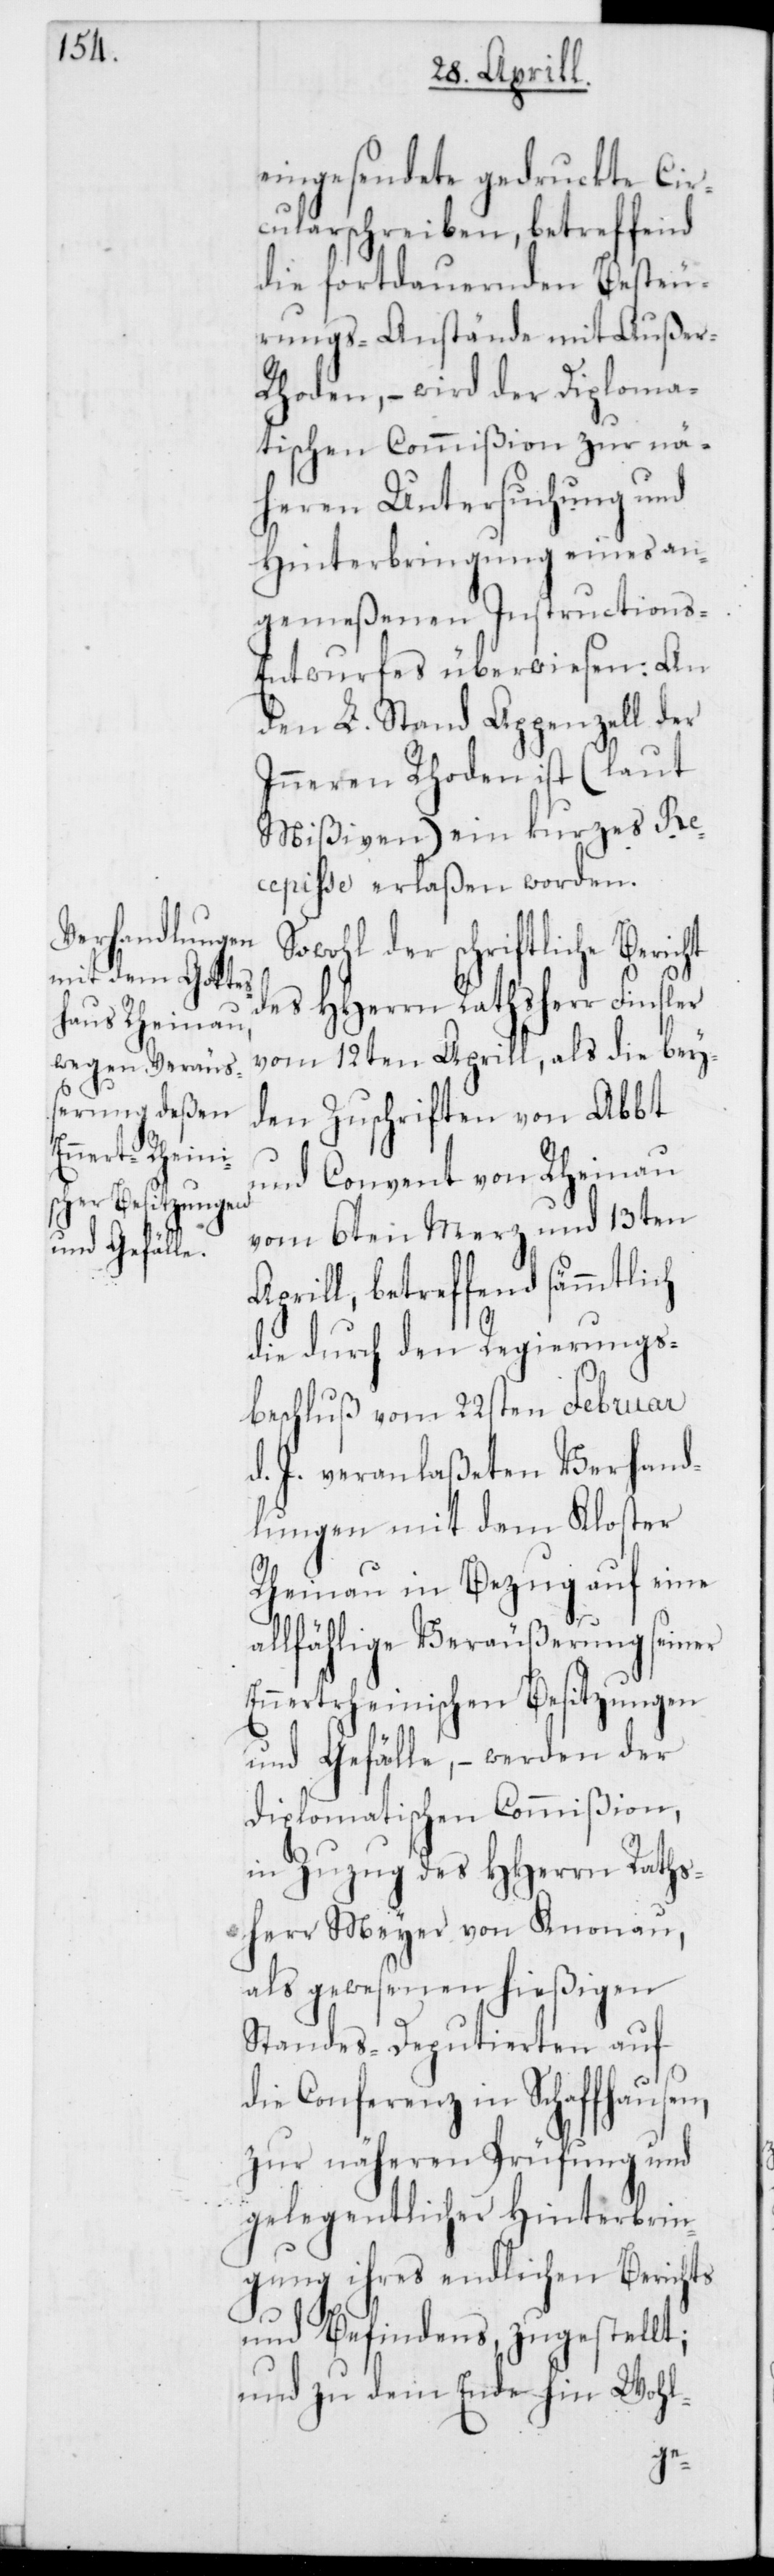
eingesendete gedruckte Cir¬
cularschreiben, betreffend
die fortdauernden Besteu¬
rungs-Anstände mit Auße¬
r-Rhoden, – wird der Diploma¬
tischen Commißion zur nä¬
heren Untersuchung und
Hinterbringung eines an¬
gemeßenen Instructions-E¬
ntwurfes überwiesen: An
den L. Stand Appenzell der
Inneren Rhoden ist (laut
Mißiven) ein kurzes Re¬
cepisse erlaßen worden.
Sowohl der schriftliche Bericht
des HHerrn Rathsherr Finsler
vom 12ten Aprill, als die bey¬
den Zuschriften von Abbt
und Convent von Rheinau
vom 6ten Merz und 13ten
Aprill, betreffend sämmtlich
die durch den Regierungs¬
beschluß vom 22sten Februar
d. J. veranlaßeten Verhand¬
lungen mit dem Kloster
Rheinau in Bezug auf eine
allfällige Veräußerung seiner
Ennertrheinischen Besitzungen
und Gefälle, – werden der
diplomatischen Commißion,
in Zuzug des HHerren Raths¬
herr Meyer von Knonau,
als gewesenen hießigen
Standes-Deputierten auf
die Conferenz in Schaffhausen,
zur näheren Prüfung und
gelegentlicher Hinterbrin¬
gung ihres endlichen Berichts
und Befindens, zugestellt;
und zu dem Ende hin Wohl-